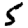
Digit: 5